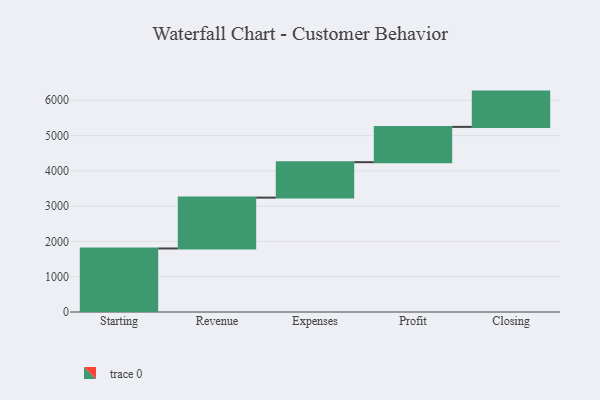
{"axis": {"x": "Step", "y": "Value"}, "legend": [""], "data": [{"x": "Starting", "y": 1800.0, "type": ""}, {"x": "Revenue", "y": 1441.0, "type": ""}, {"x": "Expenses", "y": 1004.0, "type": ""}, {"x": "Profit", "y": 1000, "type": ""}, {"x": "Closing", "y": 1000, "type": ""}]}